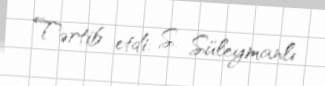
Tərtib etdi: S. Süleymanlı